King Institute of Preventive Medicine Micro-Biological Section reports 1912-19
Year: 1912
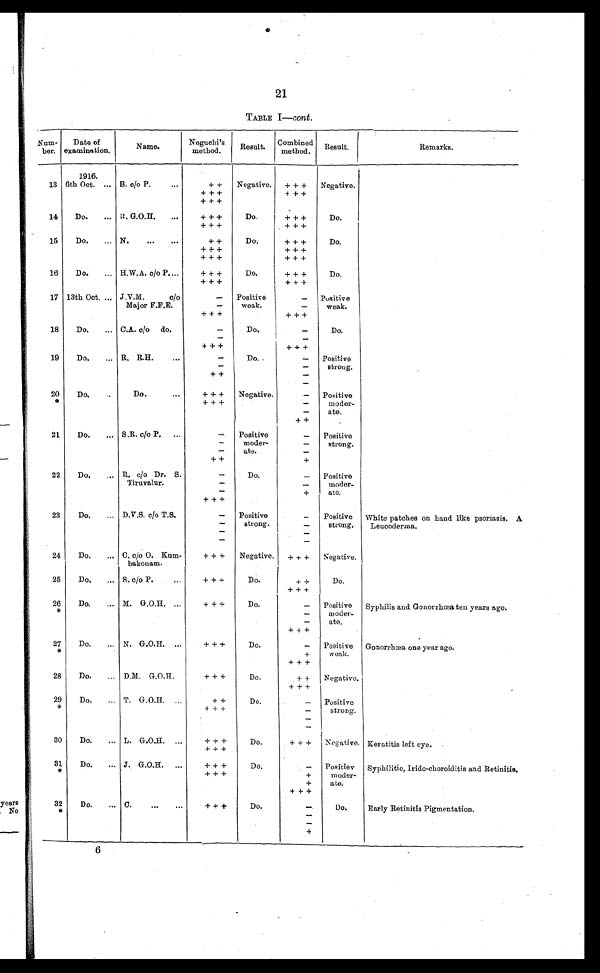
21
TABLE I— cont.
Num-ber. Date of examination.
Name.
Noguchi's
method.
Result. Combined
method.
Result.
Remarks.
13
1916.
6th Oct. ... B. c/o P.
...
++
Negative. +++
Negative.
+++
+++
+ + +
14
Do.
... R. G.O.H. ...
+++
Do.
+++
Do.
+++
+++
15
Do.
... N.
...
...
++
Do.
+++
Do.
+++
+++
+++
+++
16
Do.
... H.W.A. c/o P....
+++
Do.
+++
Do.
+++
+++
17 13th Oct. ... J.V.M. c/o
-
Positive
weak.
-
Positive
weak.
Major F.F.E.
-
-
+ + +
+++
18
Do.
... C.A. c/o do.
-
Do.
-
Do.
-
-
+++
+++
19
Do.
... R. R.H. ...
-
Do.
-
Positive
strong.
-
-
++
-
-
20
*
Do.
..
Do.
...
+++
Negative.
-
Positive
moder-
ate.
+ + +
-
-
++
21
Do.
... S.R. c/o P. ...
Positive
moder-
ate.
-
Positive
strong.
-
-
-
-
++
+
22
Do.
... R. c/o Dr. S.
-
Do.
-
Positive
moder-
ate.
Tiruvalur.
-
-
-
+
+++
23
Do.
... D.V.S. c/o T.S.
-
Positive
strong.
-
Positive
strong.
White patches on hand like psoriasis. A
Leucoderma.
-
-
-
-
-
-
24
Do.
... C. c/o O. Kum-
bakonam.
+++
Negative.
+++
Negative.
25
Do.
... S. c/o P.
...
+++
Do.
++
Do.
+++
26
*
Do.
... M. G.O.H.
+++
Do.
-
Positive
m o d e r -
ate.
Syphilis and Gonorrhœa ten years ago.
-
-
+++
27
*
Do.
N. G.O.H.
+++
Do.
-
Positive
weak.
Gonorrhœa one year ago.
+
+++
28
Do.
... D.M. G.O.H.
+++
Do.
++
Negative.
+++
29
*
Do.
... T. G.O.H. ...
++
Do.
-
Positive
strong.
+++
-
-
-
30
Do.
... L. G.O.H. ...
+++
Do.
+++ Negative. Keratitis left eye.
+++
31
*
Do.
... J. G.O.H. ...
+++
Do.
-
Positiev
moder-
ate.
Syphilitic, Iridc-choroiditis and Retinitis.
+++
+
+
+++
32
*
Do.
... C.
... ...
+++
Do.
-
Do.
Early Retinitis Pigmentation.
-
-
+
6